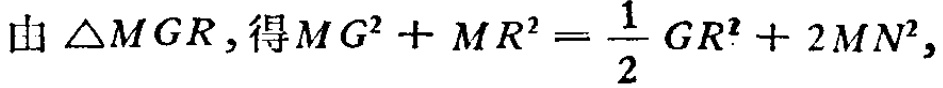
由 \(\triangle MGR\)，得\(MG^{2}+MR^{2}=\frac{1}{2}GR^{2}+2MN^{2}\)，